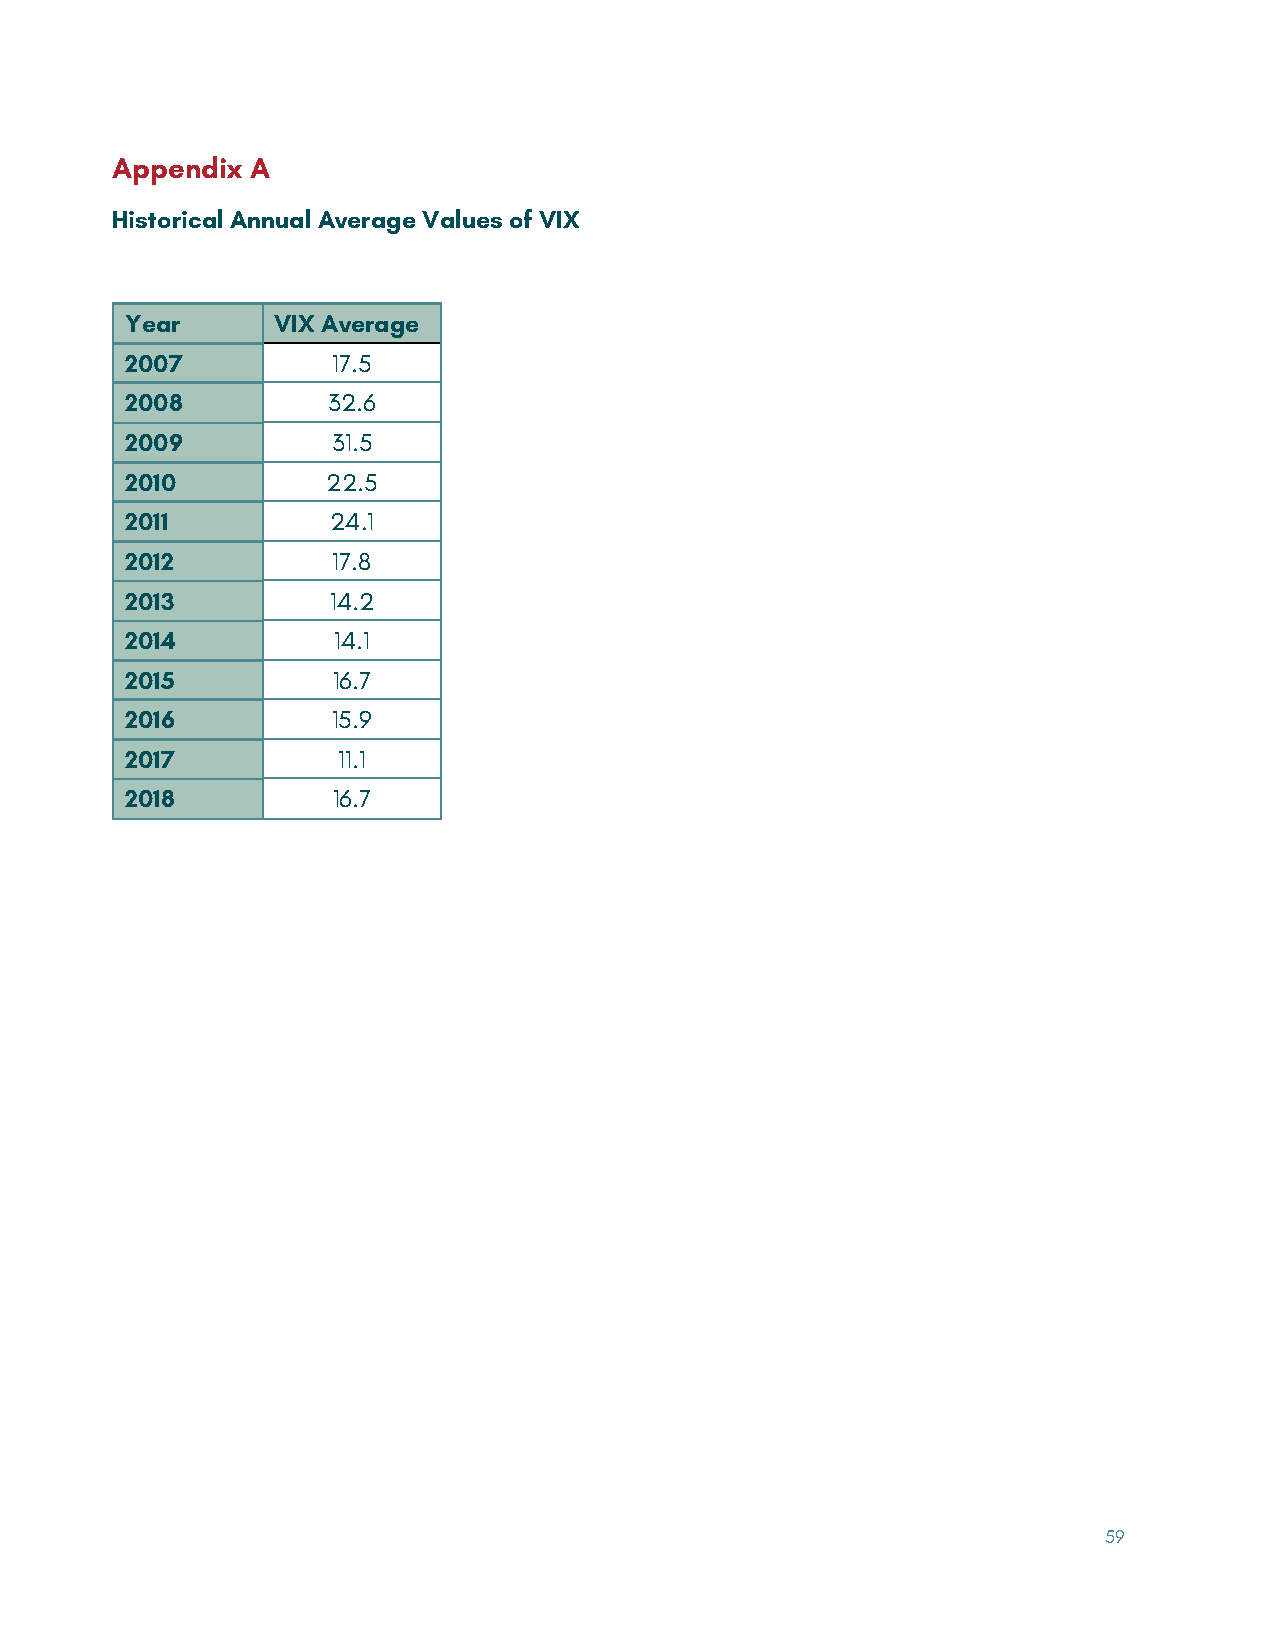
Appendix  A
 Historical Annual Average Values of VIX
 Year      VIX Average
 2007          17.5
 2008          32.6
 2009          31.5
 2010          22.5
 2011          24.1
 2012          17.8
 2013          14.2
 2014          14.1
 2015          16.7
 2016          15.9
 2017          11.1
 2018          16.7
 59